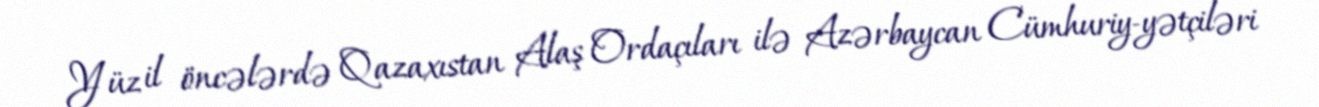
Yüz il öncələrdə Qazaxıstan Alaş Ordaçıları ilə Azərbaycan Cümhuriy­yətçiləri